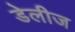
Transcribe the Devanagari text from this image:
डेलीज